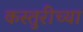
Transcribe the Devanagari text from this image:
कस्तुरीच्या